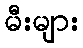
မီးများ